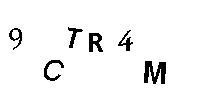
9CTR4M